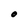
Character: o